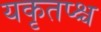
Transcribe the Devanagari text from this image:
यकृतप्श्च